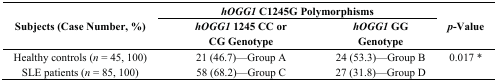
<table><thead><tr><td rowspan="2"><b>Subjects (Case Number, %)</b></td><td colspan="2"><b><i>hOGG1</i> C1245G Polymorphisms</b></td><td rowspan="2"><b><i>p</i>-Value</b></td></tr><tr><td><b><i>hOGG1</i> 1245 CC or CG Genotype</b></td><td><b><i>hOGG1</i> GG Genotype</b></td></tr></thead><tbody><tr><td>Healthy controls (<i>n</i> = 45, 100)</td><td>21 (46.7)—Group A</td><td>24 (53.3)—Group B</td><td>0.017 *</td></tr><tr><td>SLE patients (<i>n</i> = 85, 100)</td><td>58 (68.2)—Group C</td><td>27 (31.8)—Group D</td><td></td></tr></tbody></table>